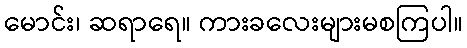
မောင်း၊ ဆရာရေ။ ကားခလေးများမစကြပါ။